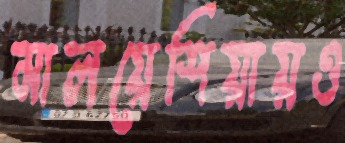
মালয়েশিয়ায়ও